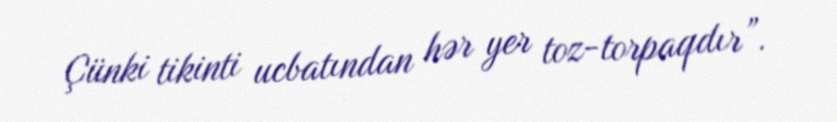
Çünki tikinti ucbatından hər yer toz-torpaqdır”.